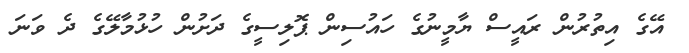
އޭގެ އިތުރުން ރައީސް ޔާމީނުގެ ހައުސިން ޕޮލިސީގެ ދަށުން ހުޅުމާލޭގެ ދެ ވަނަ